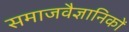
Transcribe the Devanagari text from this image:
समाजवैज्ञानिकों